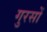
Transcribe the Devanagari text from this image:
गुरसों